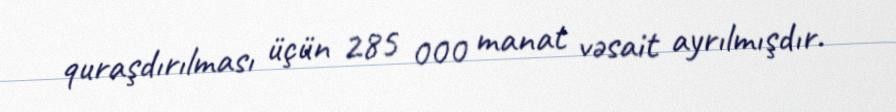
quraşdırılması üçün 285 000 manat vəsait ayrılmışdır.